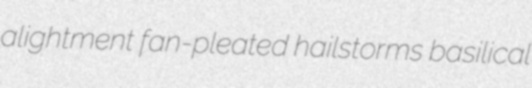
alightment fan-pleated hailstorms basilical